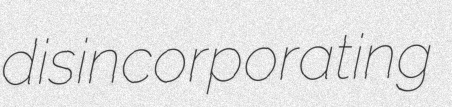
disincorporating